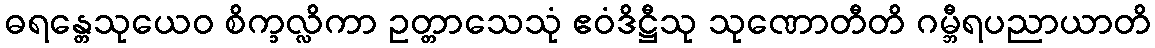
ဓရန္တေသုယေဝ စိက္ခလ္လိကာ ဥတ္တာသေသုံ ဧဝံဒိဋ္ဌီသု သုဏောတီတိ ဂမ္ဘီရပညာယာတိ